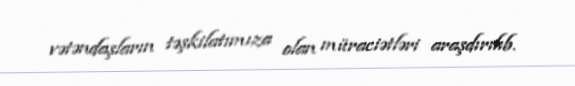
vətəndaşların təşkilatımıza olan müraciətləri araşdırılıb.